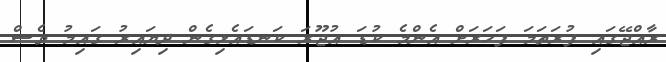
ރާއްޖޭގައި ފުރަތަމަ ފަހަރަށް އެންމެ ކުޑަ އުޖޫރަ ކަނޑައެޅިގެން ދިޔައިރު ގައިމު ވެސް